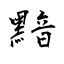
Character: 黯